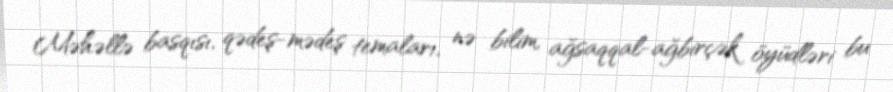
Məhəllə basqısı, qədeş-mədeş temaları, nə bilim, ağsaqqal-ağbirçək öyüdləri bu